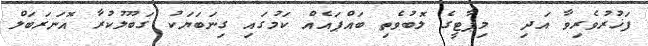
ފަޚުރުވެރިވާ އަދި  މިޕާޓީގެ ލޮބުވެތި ބައްޕައެއް ކަމުގައި ގިނަބަޔަކު ގަބޫލުކުރާ އޮނަރަބަލް